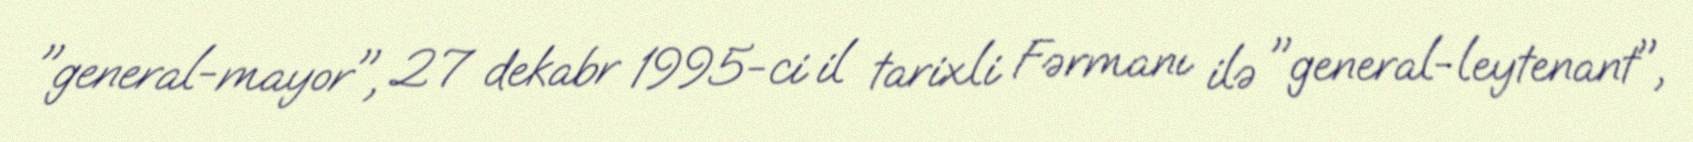
"general-mayor", 27 dekabr 1995-ci il tarixli Fərmanı ilə "general-leytenant",